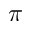
\pi